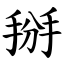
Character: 掰